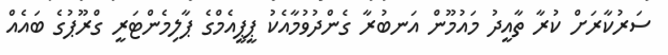
ސަރުކާރަށް ކުރާ ތާއީދު މައުމޫން އަނބުރާ ގެންދުވުމާއެކު ޕީޕީއެމްގެ ޕާލިމެންޓަރީ ގްރޫޕުގެ ބައެއް